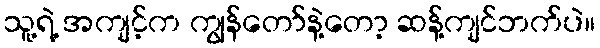
သူ့ရဲ့ အကျင့်က ကျွန်တော်နဲ့တော့ ဆန့်ကျင်ဘက်ပဲ။